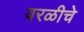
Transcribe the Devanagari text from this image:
वरळीचे